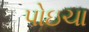
પોઇચા